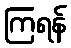
ကြရန်